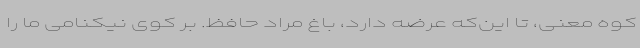
کوه معنی، تا این‌که عرضه دارد، باغ مراد حافظ. بر کوی نیکنامی ما را